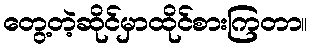
တွေ့တဲ့ဆိုင်မှာထိုင်စားကြတာ။